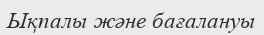
Ықпалы және бағалануы